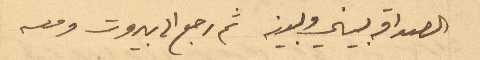
الصداقه بيني وبينه ثم رجع الى بيروت ومعه